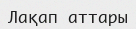
Лақап аттары